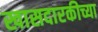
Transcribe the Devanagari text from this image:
खासदारकीच्या